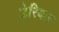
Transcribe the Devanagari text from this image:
डेरियल